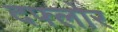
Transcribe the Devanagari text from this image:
दफ्लोर